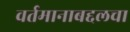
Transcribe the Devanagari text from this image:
वर्तमानाबद्दलचा